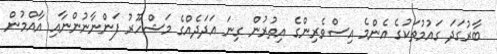
ބާރުގަދަ ގައުމުތަކުގެ އެންމެ އިސްވެރިންގެ އިތުރުން ގިނަ އަދަދެއްގެ މަޝްހޫރު ފަންނާނުންނާއި އާއްމުން